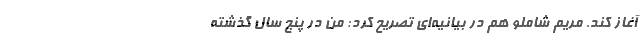
آغاز کند. مریم شاملو هم در بیانیه‌ای تصریح کرد: من در پنج سال گذشته